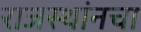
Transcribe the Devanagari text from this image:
राजस्थांनचा